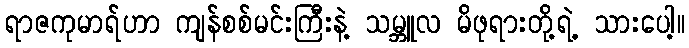
ရာဇကုမာရ်ဟာ ကျန်စစ်မင်းကြီးနဲ့ သမ္ဘူလ မိဖုရားတို့ရဲ့ သားပေါ့။